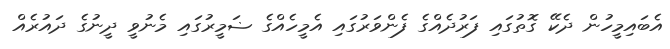
އެބައިމީހުން ދެކޭ ގޮތުގައި ފަރުދެއްގެ ފެންވަރުގައި އެމީހެއްގެ ޟަމީރުގައި މެނުވީ ދީނުގެ ދައުރެއް